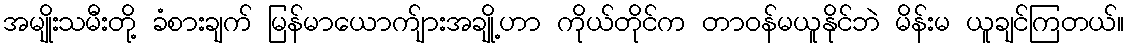
အမျိုးသမီးတို့ ခံစားချက် မြန်မာယောက်ျားအချို့ဟာ ကိုယ်တိုင်က တာဝန်မယူနိုင်ဘဲ မိန်းမ ယူချင်ကြတယ်။